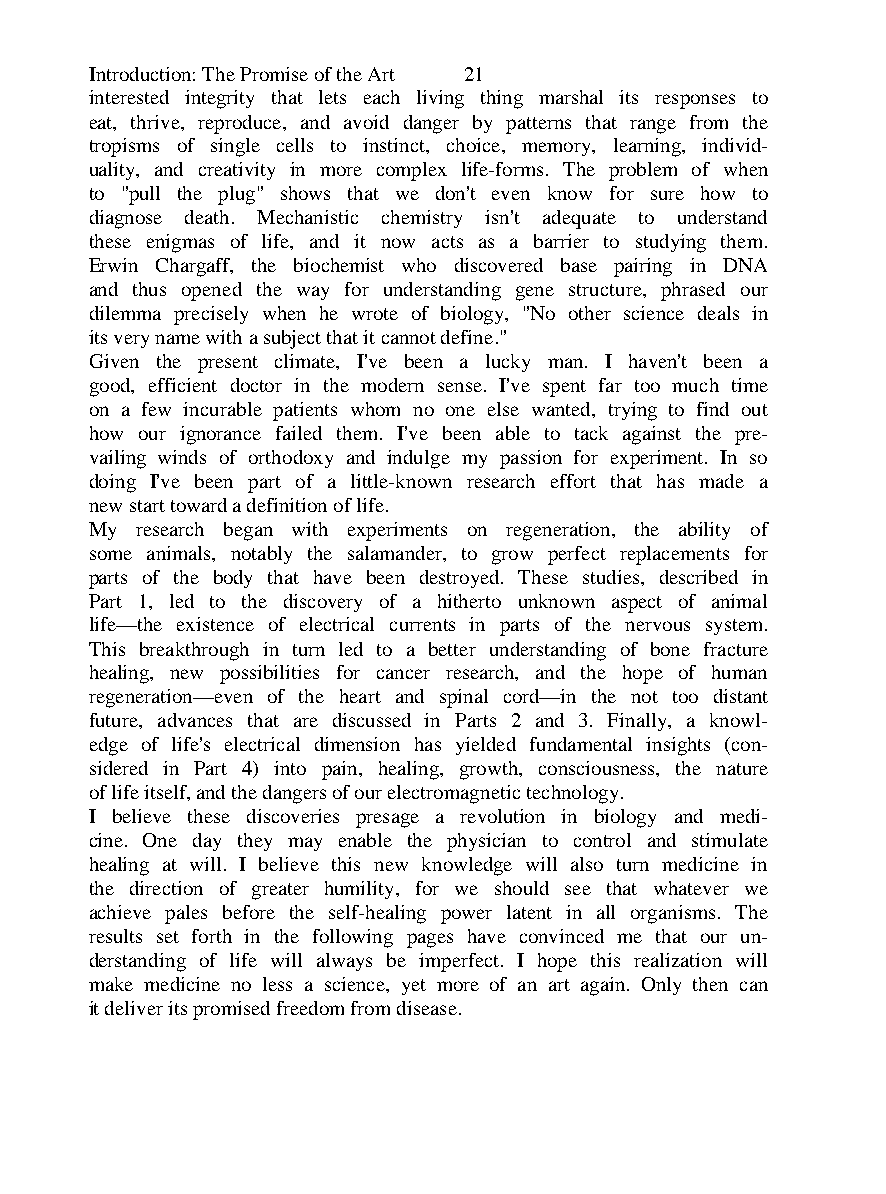
Introduction: The Promise of the Art 21
 interested integrity that lets each living thing marshal its responses to
 eat, thrive, reproduce, and avoid danger by patterns that range from the
 tropisms of single cells to instinct, choice, memory, learning, individ-
 uality, and creativity in more complex life-forms. The problem of when
 to "pull the plug" shows that we don't even know for sure how to
 diagnose death. Mechanistic chemistry isn't adequate to understand
 these enigmas of life, and it now acts as a barrier to studying them.
 Erwin Chargaff, the biochemist who discovered base pairing in DNA
 and thus opened the way for understanding gene structure, phrased our
 dilemma precisely when he wrote of biology, "No other science deals in
 its very name with a subject that it cannot define."
 Given the present climate, I've been a lucky man. I haven't been a
 good, efficient doctor in the modern sense. I've spent far too much time
 on a few incurable patients whom no one else wanted, trying to find out
 how our ignorance failed them. I've been able to tack against the pre-
 vailing winds of orthodoxy and indulge my passion for experiment. In so
 doing I've been part of a little-known research effort that has made a
 new start toward a definition of life.
 My research began with experiments on regeneration, the ability of
 some animals, notably the salamander, to grow perfect replacements for
 parts of the body that have been destroyed. These studies, described in
 Part 1, led to the discovery of a hitherto unknown aspect of animal
 life—the existence of electrical currents in parts of the nervous system.
 This breakthrough in turn led to a better understanding of bone fracture
 healing, new possibilities for cancer research, and the hope of human
 regeneration—even of the heart and spinal cord—in the not too distant
 future, advances that are discussed in Parts 2 and 3. Finally, a knowl-
 edge of life's electrical dimension has yielded fundamental insights (con-
 sidered in Part 4) into pain, healing, growth, consciousness, the nature
 of life itself, and the dangers of our electromagnetic technology.
 I believe these discoveries presage a revolution in biology and medi-
 cine. One day they may enable the physician to control and stimulate
 healing at will. I believe this new knowledge will also turn medicine in
 the direction of greater humility, for we should see that whatever we
 achieve pales before the self-healing power latent in all organisms. The
 results set forth in the following pages have convinced me that our un-
 derstanding of life will always be imperfect. I hope this realization will
 make medicine no less a science, yet more of an art again. Only then can
 it deliver its promised freedom from disease.